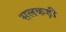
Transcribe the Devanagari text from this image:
सलकड़ी